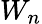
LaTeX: W_{n}